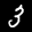
Label: 3